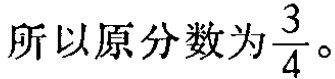
所以原分数为$\frac{3}{4}$。